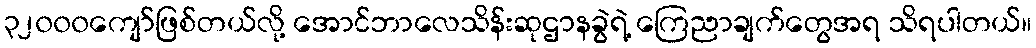
၃၂၀၀၀ကျော်ဖြစ်တယ်လို့ အောင်ဘာလေသိန်းဆုဌာနခွဲရဲ့ ကြေညာချက်တွေအရ သိရပါတယ်။